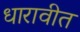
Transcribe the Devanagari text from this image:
धारावीत